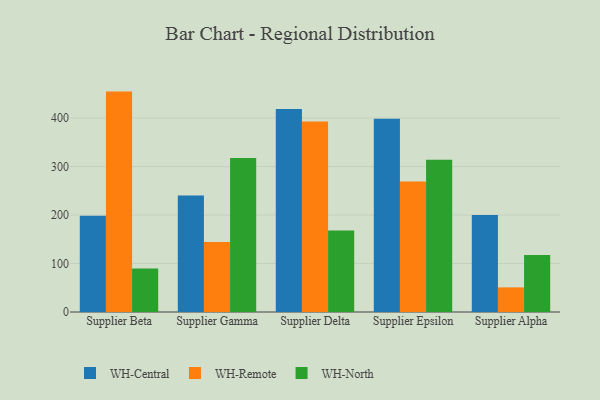
{"axis": {"x": "Supplier", "y": "Energy Usage (MWh)"}, "legend": ["WH-Central", "WH-North", "WH-Remote"], "data": [{"x": "Supplier Beta", "y": 198.7, "type": "WH-Central"}, {"x": "Supplier Beta", "y": 454.5, "type": "WH-Remote"}, {"x": "Supplier Beta", "y": 89.9, "type": "WH-North"}, {"x": "Supplier Gamma", "y": 240.4, "type": "WH-Central"}, {"x": "Supplier Gamma", "y": 144.3, "type": "WH-Remote"}, {"x": "Supplier Gamma", "y": 317.6, "type": "WH-North"}, {"x": "Supplier Delta", "y": 418.4, "type": "WH-Central"}, {"x": "Supplier Delta", "y": 392.8, "type": "WH-Remote"}, {"x": "Supplier Delta", "y": 168.3, "type": "WH-North"}, {"x": "Supplier Epsilon", "y": 398.5, "type": "WH-Central"}, {"x": "Supplier Epsilon", "y": 269.2, "type": "WH-Remote"}, {"x": "Supplier Epsilon", "y": 313.9, "type": "WH-North"}, {"x": "Supplier Alpha", "y": 200.1, "type": "WH-Central"}, {"x": "Supplier Alpha", "y": 50.7, "type": "WH-Remote"}, {"x": "Supplier Alpha", "y": 117.6, "type": "WH-North"}]}